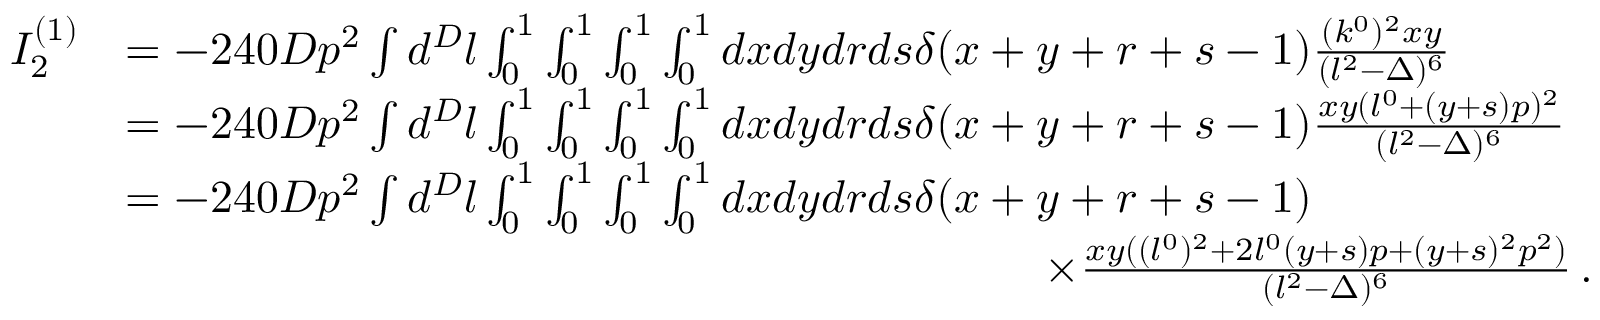
\begin{array} { r l } { I _ { 2 } ^ { ( 1 ) } } & { = - 2 4 0 D p ^ { 2 } \int d ^ { D } l \int _ { 0 } ^ { 1 } \int _ { 0 } ^ { 1 } \int _ { 0 } ^ { 1 } \int _ { 0 } ^ { 1 } d x d y d r d s \delta ( x + y + r + s - 1 ) \frac { ( k ^ { 0 } ) ^ { 2 } x y } { ( l ^ { 2 } - \Delta ) ^ { 6 } } } \\ & { = - 2 4 0 D p ^ { 2 } \int d ^ { D } l \int _ { 0 } ^ { 1 } \int _ { 0 } ^ { 1 } \int _ { 0 } ^ { 1 } \int _ { 0 } ^ { 1 } d x d y d r d s \delta ( x + y + r + s - 1 ) \frac { x y ( l ^ { 0 } + ( y + s ) p ) ^ { 2 } } { ( l ^ { 2 } - \Delta ) ^ { 6 } } } \\ & { = - 2 4 0 D p ^ { 2 } \int d ^ { D } l \int _ { 0 } ^ { 1 } \int _ { 0 } ^ { 1 } \int _ { 0 } ^ { 1 } \int _ { 0 } ^ { 1 } d x d y d r d s \delta ( x + y + r + s - 1 ) } \\ & { \quad \quad \quad \quad \quad \quad \quad \quad \quad \quad \quad \quad \quad \quad \quad \quad \quad \quad \quad \quad \times \frac { x y ( ( l ^ { 0 } ) ^ { 2 } + 2 l ^ { 0 } ( y + s ) p + ( y + s ) ^ { 2 } p ^ { 2 } ) } { ( l ^ { 2 } - \Delta ) ^ { 6 } } \, . } \end{array}